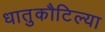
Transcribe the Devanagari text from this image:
धातुकौटिल्या